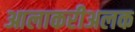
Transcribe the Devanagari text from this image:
आलाकरीअलक